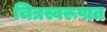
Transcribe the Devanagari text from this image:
चित्रस्वरूपात